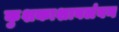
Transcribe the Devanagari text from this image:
कुशकाशावलंबन